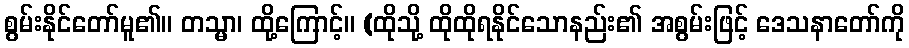
စွမ်းနိုင်တော်မူ၏။ တသ္မာ၊ ထို့ကြောင့်။ (ထိုသို့ ထိုထိုရနိုင်သောနည်း၏ အစွမ်းဖြင့် ဒေသနာတော်ကို